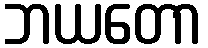
ဘယတော